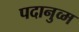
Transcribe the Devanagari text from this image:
पदानुव्म